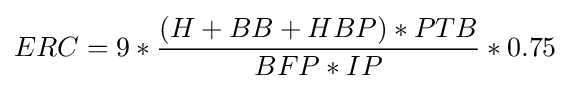
ERC=9*{(H+BB+HBP)*PTB \over BFP*IP}*0.75